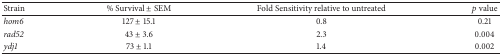
| Strain | % Survival ± SEM | Fold Sensitivity relative to untreated | p value |
 | --- | --- | --- | --- |
 | hom6 | 127 ± 15.1 | 0.8 | 0.21 |
 | rad52 | 43 ± 3.6 | 2.3 | 0.004 |
 | ydj1 | 73 ± 1.1 | 1.4 | 0.002 |